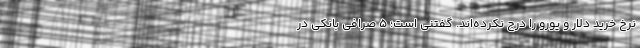
نرخ خرید دلار و یورو را درج نکرده‌اند. گفتنی است؛ ۵ صرافی بانکی در